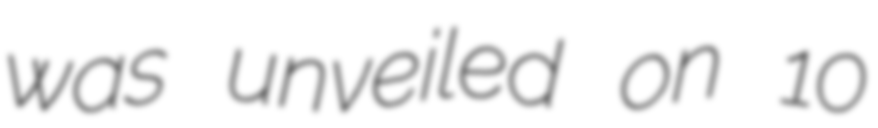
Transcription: was unveiled on 10